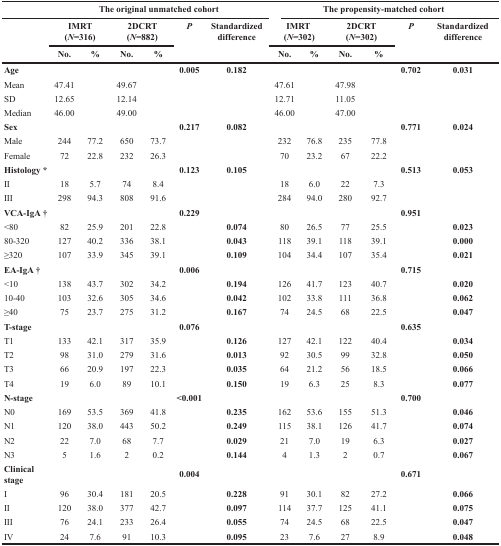
<table><thead><tr><td></td><td colspan="6"><b>The original unmatched cohort</b></td><td colspan="6"><b>The propensity-matched cohort</b></td></tr><tr><td rowspan="2"></td><td colspan="2"><b>IMRT (<i>N</i>=316)</b></td><td colspan="2"><b>2DCRT (<i>N</i>=882)</b></td><td rowspan="2"><b><i>P</i></b></td><td rowspan="2"><b>Standardized difference</b></td><td colspan="2"><b>IMRT (<i>N</i>=302)</b></td><td colspan="2"><b>2DCRT (<i>N</i>=302)</b></td><td rowspan="2"><b><i>P</i></b></td><td rowspan="2"><b>Standardized difference</b></td></tr><tr><td><b>No.</b></td><td><b>%</b></td><td><b>No.</b></td><td><b>%</b></td><td><b>No.</b></td><td><b>%</b></td><td><b>No.</b></td><td><b>%</b></td></tr></thead><tbody><tr><td><b>Age</b></td><td></td><td></td><td></td><td></td><td><b>0.005</b></td><td><b>0.182</b></td><td></td><td></td><td></td><td></td><td><b>0.702</b></td><td><b>0.031</b></td></tr><tr><td>Mean</td><td>47.41</td><td></td><td>49.67</td><td></td><td></td><td></td><td>47.61</td><td></td><td>47.98</td><td></td><td></td><td></td></tr><tr><td>SD</td><td>12.65</td><td></td><td>12.14</td><td></td><td></td><td></td><td>12.71</td><td></td><td>11.05</td><td></td><td></td><td></td></tr><tr><td>Median</td><td>46.00</td><td></td><td>49.00</td><td></td><td></td><td></td><td>46.00</td><td></td><td>47.00</td><td></td><td></td><td></td></tr><tr><td><b>Sex</b></td><td></td><td></td><td></td><td></td><td><b>0.217</b></td><td><b>0.082</b></td><td></td><td></td><td></td><td></td><td><b>0.771</b></td><td><b>0.024</b></td></tr><tr><td>Male</td><td>244</td><td>77.2</td><td>650</td><td>73.7</td><td></td><td></td><td>232</td><td>76.8</td><td>235</td><td>77.8</td><td></td><td></td></tr><tr><td>Female</td><td>72</td><td>22.8</td><td>232</td><td>26.3</td><td></td><td></td><td>70</td><td>23.2</td><td>67</td><td>22.2</td><td></td><td></td></tr><tr><td><b>Histology</b>*</td><td></td><td></td><td></td><td></td><td><b>0.123</b></td><td><b>0.105</b></td><td></td><td></td><td></td><td></td><td><b>0.513</b></td><td><b>0.053</b></td></tr><tr><td>II</td><td>18</td><td>5.7</td><td>74</td><td>8.4</td><td></td><td></td><td>18</td><td>6.0</td><td>22</td><td>7.3</td><td></td><td></td></tr><tr><td>III</td><td>298</td><td>94.3</td><td>808</td><td>91.6</td><td></td><td></td><td>284</td><td>94.0</td><td>280</td><td>92.7</td><td></td><td></td></tr><tr><td><b>VCA-IgA</b><sup>†</sup></td><td></td><td></td><td></td><td></td><td><b>0.229</b></td><td></td><td></td><td></td><td></td><td></td><td><b>0.951</b></td><td></td></tr><tr><td>&lt;80</td><td>82</td><td>25.9</td><td>201</td><td>22.8</td><td></td><td><b>0.074</b></td><td>80</td><td>26.5</td><td>77</td><td>25.5</td><td></td><td><b>0.023</b></td></tr><tr><td>80-320</td><td>127</td><td>40.2</td><td>336</td><td>38.1</td><td></td><td><b>0.043</b></td><td>118</td><td>39.1</td><td>118</td><td>39.1</td><td></td><td><b>0.000</b></td></tr><tr><td>≥320</td><td>107</td><td>33.9</td><td>345</td><td>39.1</td><td></td><td><b>0.109</b></td><td>104</td><td>34.4</td><td>107</td><td>35.4</td><td></td><td><b>0.021</b></td></tr><tr><td><b>EA-IgA</b><sup>†</sup></td><td></td><td></td><td></td><td></td><td><b>0.006</b></td><td></td><td></td><td></td><td></td><td></td><td><b>0.715</b></td><td></td></tr><tr><td>&lt;10</td><td>138</td><td>43.7</td><td>302</td><td>34.2</td><td></td><td><b>0.194</b></td><td>126</td><td>41.7</td><td>123</td><td>40.7</td><td></td><td><b>0.020</b></td></tr><tr><td>10-40</td><td>103</td><td>32.6</td><td>305</td><td>34.6</td><td></td><td><b>0.042</b></td><td>102</td><td>33.8</td><td>111</td><td>36.8</td><td></td><td><b>0.062</b></td></tr><tr><td>≥40</td><td>75</td><td>23.7</td><td>275</td><td>31.2</td><td></td><td><b>0.167</b></td><td>74</td><td>24.5</td><td>68</td><td>22.5</td><td></td><td><b>0.047</b></td></tr><tr><td><b>T-stage</b></td><td></td><td></td><td></td><td></td><td><b>0.076</b></td><td></td><td></td><td></td><td></td><td></td><td><b>0.635</b></td><td></td></tr><tr><td>T1</td><td>133</td><td>42.1</td><td>317</td><td>35.9</td><td></td><td><b>0.126</b></td><td>127</td><td>42.1</td><td>122</td><td>40.4</td><td></td><td><b>0.034</b></td></tr><tr><td>T2</td><td>98</td><td>31.0</td><td>279</td><td>31.6</td><td></td><td><b>0.013</b></td><td>92</td><td>30.5</td><td>99</td><td>32.8</td><td></td><td><b>0.050</b></td></tr><tr><td>T3</td><td>66</td><td>20.9</td><td>197</td><td>22.3</td><td></td><td><b>0.035</b></td><td>64</td><td>21.2</td><td>56</td><td>18.5</td><td></td><td><b>0.066</b></td></tr><tr><td>T4</td><td>19</td><td>6.0</td><td>89</td><td>10.1</td><td></td><td><b>0.150</b></td><td>19</td><td>6.3</td><td>25</td><td>8.3</td><td></td><td><b>0.077</b></td></tr><tr><td><b>N-stage</b></td><td></td><td></td><td></td><td></td><td><b>&lt;0.001</b></td><td></td><td></td><td></td><td></td><td></td><td><b>0.700</b></td><td></td></tr><tr><td>N0</td><td>169</td><td>53.5</td><td>369</td><td>41.8</td><td></td><td><b>0.235</b></td><td>162</td><td>53.6</td><td>155</td><td>51.3</td><td></td><td><b>0.046</b></td></tr><tr><td>N1</td><td>120</td><td>38.0</td><td>443</td><td>50.2</td><td></td><td><b>0.249</b></td><td>115</td><td>38.1</td><td>126</td><td>41.7</td><td></td><td><b>0.074</b></td></tr><tr><td>N2</td><td>22</td><td>7.0</td><td>68</td><td>7.7</td><td></td><td><b>0.029</b></td><td>21</td><td>7.0</td><td>19</td><td>6.3</td><td></td><td><b>0.027</b></td></tr><tr><td>N3</td><td>5</td><td>1.6</td><td>2</td><td>0.2</td><td></td><td><b>0.144</b></td><td>4</td><td>1.3</td><td>2</td><td>0.7</td><td></td><td><b>0.067</b></td></tr><tr><td><b>Clinical stage</b></td><td></td><td></td><td></td><td></td><td><b>0.004</b></td><td></td><td></td><td></td><td></td><td></td><td><b>0.671</b></td><td></td></tr><tr><td>I</td><td>96</td><td>30.4</td><td>181</td><td>20.5</td><td></td><td><b>0.228</b></td><td>91</td><td>30.1</td><td>82</td><td>27.2</td><td></td><td><b>0.066</b></td></tr><tr><td>II</td><td>120</td><td>38.0</td><td>377</td><td>42.7</td><td></td><td><b>0.097</b></td><td>114</td><td>37.7</td><td>125</td><td>41.1</td><td></td><td><b>0.075</b></td></tr><tr><td>III</td><td>76</td><td>24.1</td><td>233</td><td>26.4</td><td></td><td><b>0.055</b></td><td>74</td><td>24.5</td><td>68</td><td>22.5</td><td></td><td><b>0.047</b></td></tr><tr><td>IV</td><td>24</td><td>7.6</td><td>91</td><td>10.3</td><td></td><td><b>0.095</b></td><td>23</td><td>7.6</td><td>27</td><td>8.9</td><td></td><td><b>0.048</b></td></tr></tbody></table>